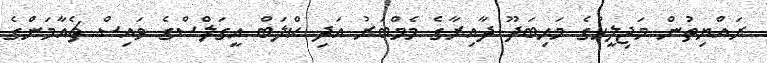
ރައްޔިތުން މަޖިލީހުގެ މަހިބަދޫ ދާއިރާގެ މެމްބަރު އަދި ކްލަބް އީގަލްސްގެ ވައިސް ޗެއާމަންގެ